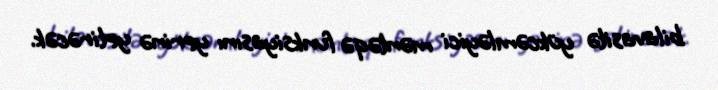
bilavasitə yükcəmləyici məntəqə funksiyasını yerinə yetirəcək.